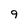
Character: 9